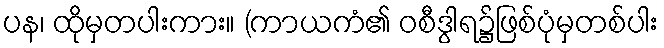
ပန၊ ထိုမှတပါးကား။ (ကာယကံ၏ ဝစီဒွါရ၌ဖြစ်ပုံမှတစ်ပါး